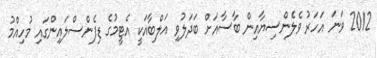
2012 ވަނަ އަހަރު ވެލެންސިޔާއިން ބާސާއަށް ބަދަލުވި އަލްބާއަކީ އެޓީމުގެ ޑިފެންސްލައިންގައި މުހިއްމު